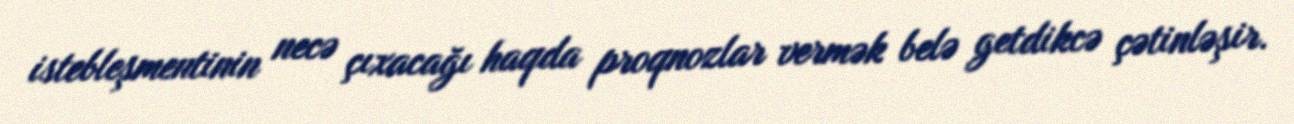
istebleşmentinin necə çıxacağı haqda proqnozlar vermək belə getdikcə çətinləşir.